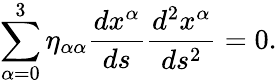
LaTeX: \sum_{\alpha=0}^{3}\eta_{\alpha\alpha}\frac{dx^{\alpha}}{ds}\frac{d^{2}x^{\alpha}}{ds^{2}}=0.